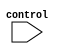
/*
 * Copyright 2018-2024 ISP RAS (http://www.ispras.ru)
 *
 * Licensed under the Apache License, Version 2.0 (the "License");
 * you may not use this file except in compliance with the License.
 * You may obtain a copy of the License at
 *
 *     http://www.apache.org/licenses/LICENSE-2.0
 *
 * Unless required by applicable law or agreed to in writing, software
 * distributed under the License is distributed on an "AS IS" BASIS,
 * WITHOUT WARRANTIES OR CONDITIONS OF ANY KIND, either express or implied.
 * See the License for the specific language governing permissions and
 * limitations under the License.
 */

// IEEE Std 1364-2005
//   10. Tasks and functions
//     10.4 Functions and function calling
//       10.4.3 Calling a function
//         The following example creates a word by concatenating the results of two calls
//         to the function getbyte.

module test(control);

  input control;
  reg [15:0] msbyte, lsbyte;
  reg [30:0] word;

  function [7:0] getbyte (input [15:0] address);
    begin
      // code to extract low-order byte from addressed word

      getbyte = 0; // set 0 for simplicity
    end
  endfunction

  initial begin
    word = control ? {getbyte(msbyte), getbyte(lsbyte)}:0;
  end
endmodule